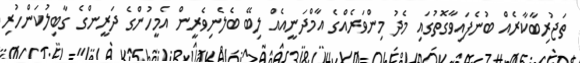
ތަޖުރިބާކާރެއް ބުނެފައިވާގޮތުގައި މެދު މިންވަރެއްގެ އާމްދަނީއެއް ލިބޭ ބެލެނިވެރީން އެމީހުންގެ ދަރީންގެ ގާބިލުކަންހުރި